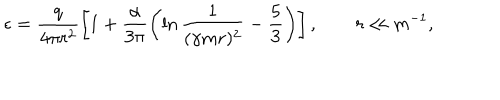
LaTeX: \epsilon = \frac { q } { 4 \pi r ^ { 2 } } \left[ 1 + \frac { \alpha } { 3 \pi } \left( \ln \frac { 1 } { ( \gamma m r ) ^ { 2 } } - \frac 5 3 \right) \right] , \qquad r \ll m ^ { - 1 } ,